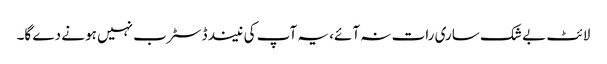
لائٹ بے شک ساری رات نہ آئے، یہ آپ کی نیند ڈسٹرب نہیں ہونے دے گا۔